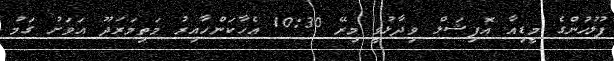
ފުލުހުންގެ މީޑިއާ އޮފިޝަލް ވިދާޅުވީ މިރޭ 10:30 އެހާކަންހާއިރު މަތިމަރަދޫ އަވަށު ގަމު